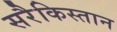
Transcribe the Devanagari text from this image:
सरैकिस्तान